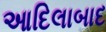
આદિલાબાદ